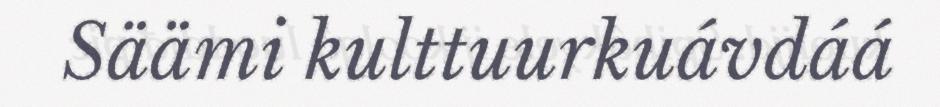
Säämi kulttuurkuávdáá